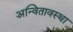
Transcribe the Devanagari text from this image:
अन्वितावस्था